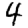
Digit: 4